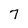
Character: 7